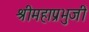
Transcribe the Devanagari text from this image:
श्रीमहाप्रभुजी